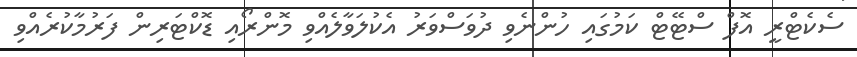
ސެކެޓްރީ އޮފް ސްޓޭޓް ކަމުގައި ހުންނެވި ދުވަސްވަރު އެކުލަވާލެއްވި މޮންރޯއި ޑޮކްޓަރިން ފަރުމާކުރެއްވި